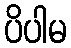
ပိပါမ